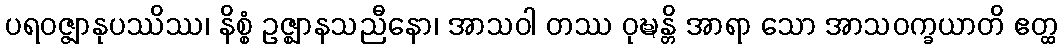
ပရဝဇ္ဇျာနုပဿိဿ၊ နိစ္စံ ဥဇ္ဈာနသညီနော၊ အာသဝါ တဿ ဝုဍ္ဎန္တိ အာရာ သော အာသဝက္ခယာတိ ဧတ္ထ